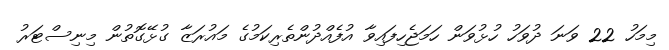
މިމަހު 22 ވަނަ ދުވަހު ހުޅުވަން ހަމަޖެހިފައިވާ އުފެއްދުންތެރިކަމުގެ މައުރަޒާ ގުޅޭގޮތުން މިނިސްޓަރު